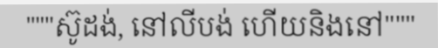
"""ស៊ូដង់, នៅលីបង់ ហើយនិងនៅ"""